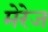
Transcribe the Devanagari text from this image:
मेरेज